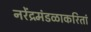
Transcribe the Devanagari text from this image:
नरेंद्रमंडळाकरितां